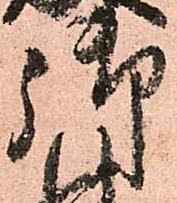
御